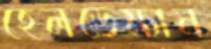
হেলডেম্যান